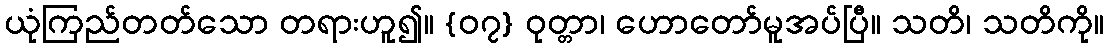
ယုံကြည်တတ်သော တရားဟူ၍။ {၀၇} ဝုတ္တာ၊ ဟောတော်မူအပ်ပြီ။ သတိ၊ သတိကို။